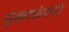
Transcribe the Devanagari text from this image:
मुख्यकंपनी